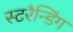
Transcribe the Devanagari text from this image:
स्टरैन्डिंग